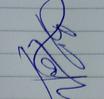
Signature authenticity: genuine